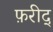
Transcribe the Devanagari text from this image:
फ़रीद्